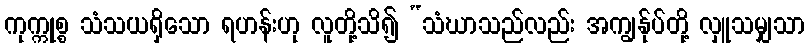
ကုက္ကုစ္စ သံသယရှိသော ရဟန်းဟု လူတို့သိ၍ “သံဃာသည်လည်း အကျွန်ုပ်တို့ လှူသမျှသာ